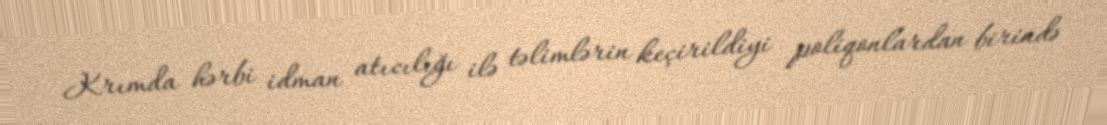
Krımda hərbi idman atıcılığı ilə təlimlərin keçirildiyi poliqonlardan birində